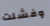
وفشلت